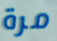
مرة